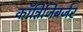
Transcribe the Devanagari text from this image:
कॉन्निजिबर्जर